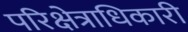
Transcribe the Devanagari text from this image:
परिक्षेत्राधिकारी